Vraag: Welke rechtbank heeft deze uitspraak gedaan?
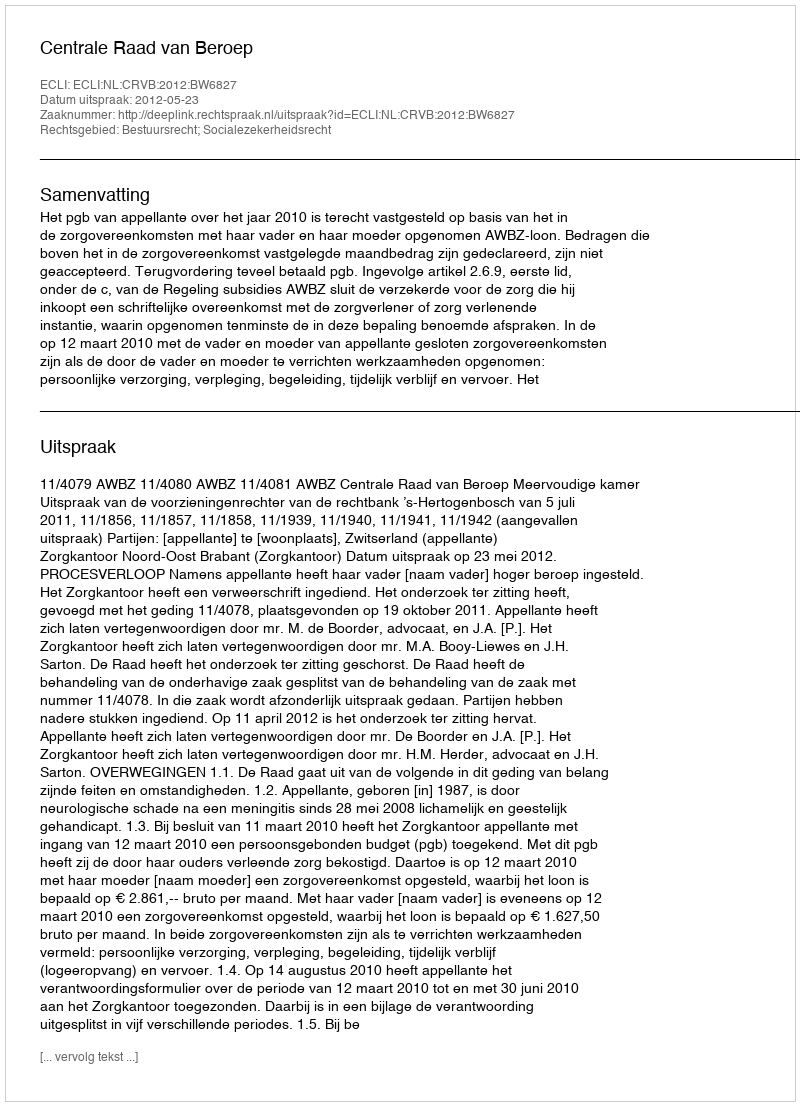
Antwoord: Centrale Raad van Beroep